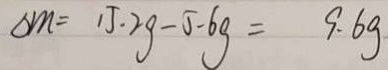
\Delta m = 1 5 . 2 g - 5 - 6 g = 9 . 6 g